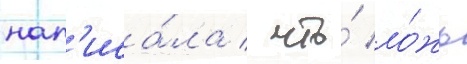
нап'иса́ла / что́ ло́жь